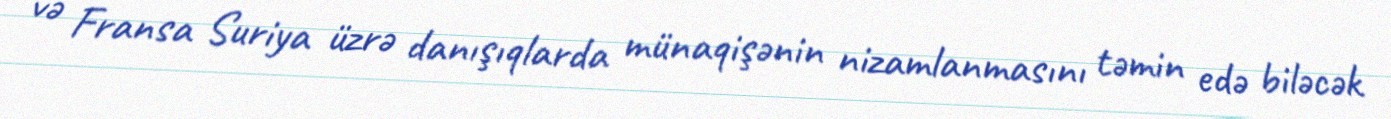
və Fransa Suriya üzrə danışıqlarda münaqişənin nizamlanmasını təmin edə biləcək